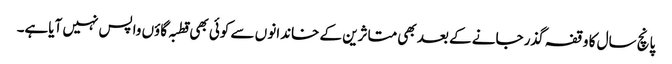
پانچ سال کا وقفہ گذر جانے کے بعد بھی متاثرین کے خاندانو ں سے کوئی بھی قطبہ گاؤں واپس نہیں آیاہے۔